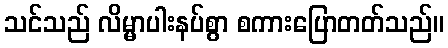
သင်သည် လိမ္မာပါးနပ်စွာ စကားပြောတတ်သည်။